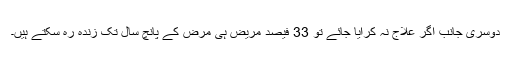
دوسری جانب اگر علاج نہ کرایا جائے تو 33 فیصد مریض ہی مرض کے پانچ سال تک زندہ رہ سکتے ہیں۔